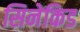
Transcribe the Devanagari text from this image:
सिनेकिड